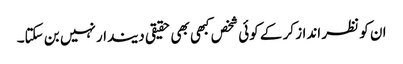
ان کو نظر انداز کر کے کوئی شخص کبھی بھی حقیقی دیندار نہیں بن سکتا۔